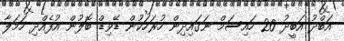
އަބްދު އަބީދު 20 ހައިސަމް ނަގައިދިން ހުރަހަކުން ޑޭވިޑް ބޮލުން އުފެއްދި ހަމަލާ